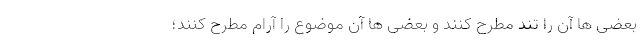
بعضی ها آن را تند مطرح کنند و بعضی ها آن موضوع را آرام مطرح کنند؛